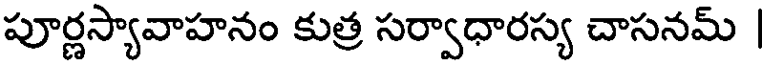
పూర్ణస్యావాహనం కుత్ర సర్వాధారస్య చాసనమ్ |